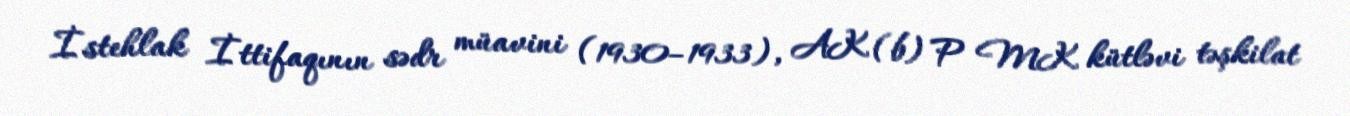
İstehlak İttifaqının sədr müavini (1930–1933), AK (b) P MK kütləvi təşkilat